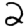
Digit: 2